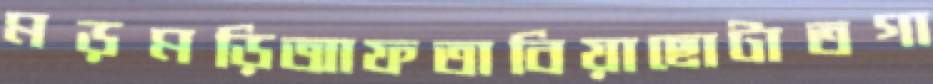
মড়মড়িআফতাবিয়াছোটাতগা